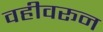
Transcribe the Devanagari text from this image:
वहीवरून